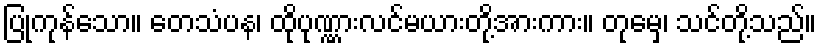
ပြုကုန်သော။ တေသံပန၊ ထိုပုဏ္ဏားလင်မယားတို့အားကား။ တုမှေ၊ သင်တို့သည်။